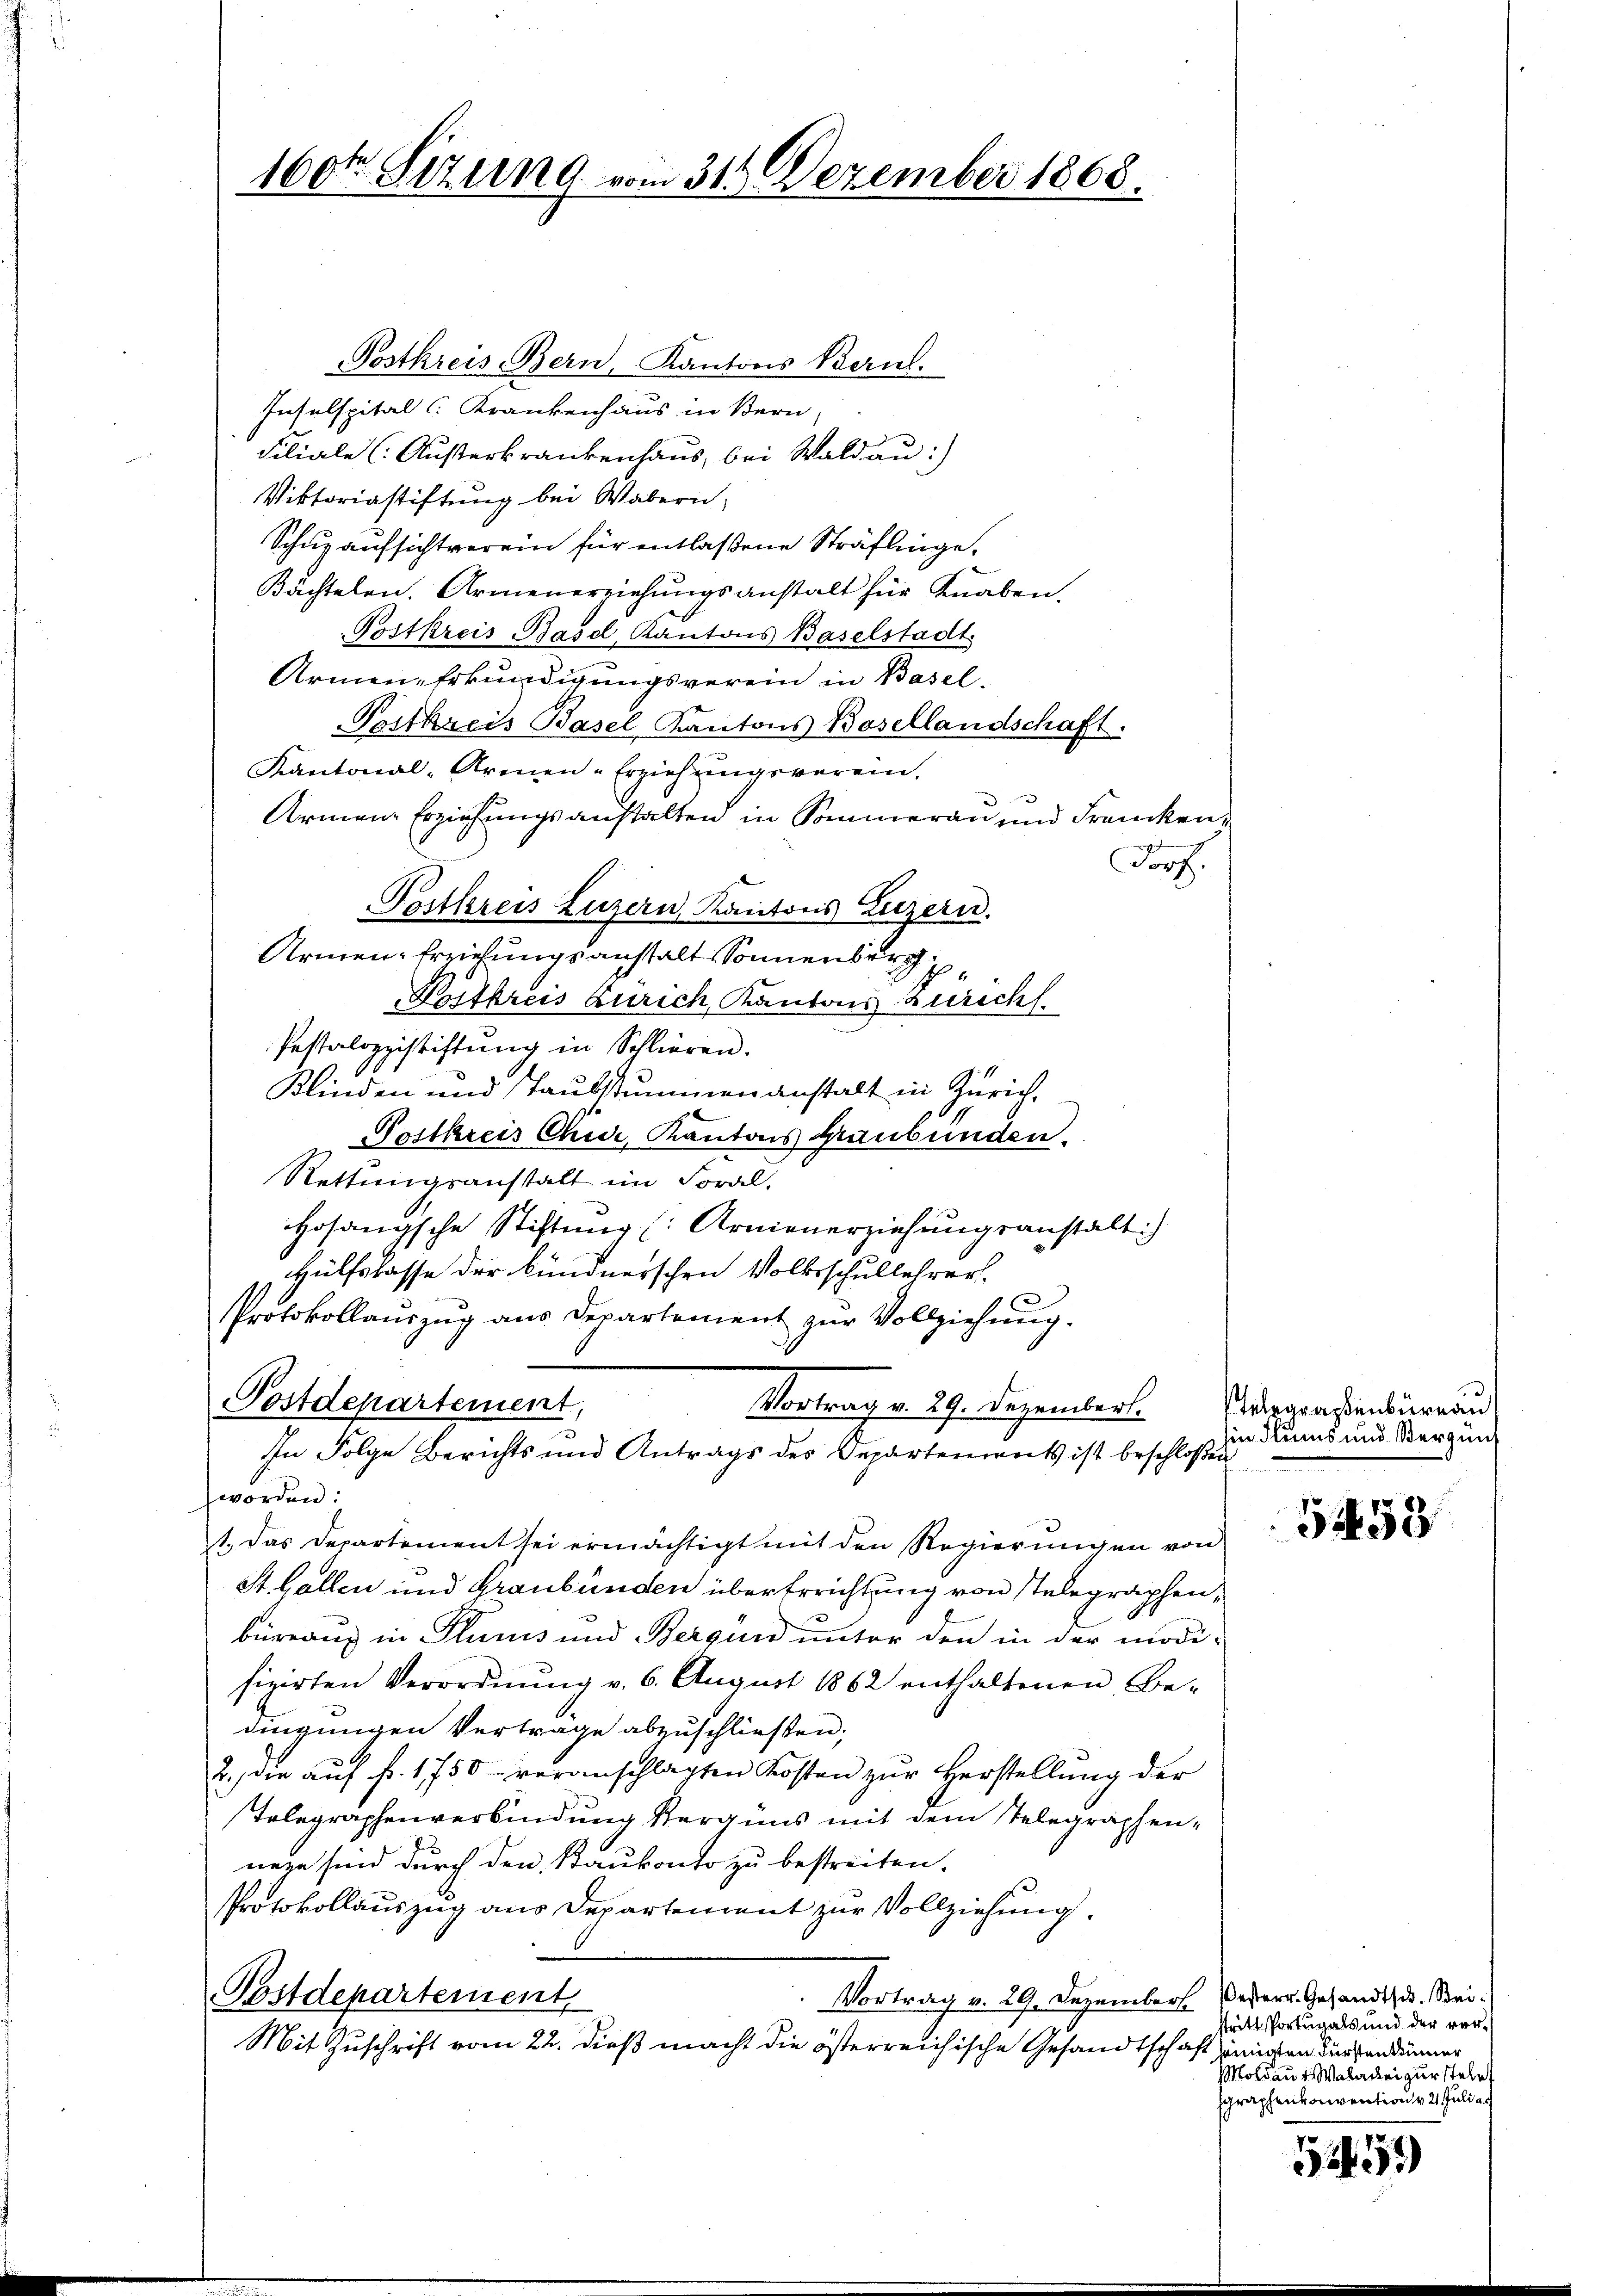
160ten Sizung vom 31. Dezember 1868.

Postkreis Bern, Kantons Bern.
Insulspital Krankenhaus in Bern,
Filiale (Austerkrankenhaus, bei Wald au:)
Viktoriastiftung bei Wabern,
Schuzaufsichtverein für entlaßene Sträflinge¬
Kächtelen. Armenerziehungsanstalt für Knaben.
Postkreis Basel, Kantons Baselstadt
Armen-Erkundigungsverein in Basel.
Postkreis Basel Kantons Basellandschaft.
Kantonal-Armen-Erziehungsverein,
Armene Erziehungsanstalten in Sommeran und Francken
Forz.
Postkreis Luzern, Kantons Luzern.
Armen-Erziehungsanstalt Sonnenberg
Petkreis Zürich, Kantons Zürich
Pestalozzistiftung in Schlieren.
Klinden und Taubstummenanstalt in Zürich,
Postkreis Chur, Kantons Graubünden.
Rettungsanstalt im Foral.
Hofangsche Stiftung (Arnienerziehungsanstalt:)
Hülfslasse der kündnerschen Volksschullehrer
Protokollauszug aus Departement zur Vollziehung.
Postdepartement,
Vortrag v. 29. Dezember.
In Folge Berichts und Antrags des Departements ist beschloßen
worden:
1. Das Departement sei ermächtigt mit den Regierungen von
St. Gallen und Graubünden über Errichtung von stelegraphen,
büreaus in Plumus und Bergund unter den in der modifizirten Verordnŭng v. 6. August 1862 enthaltenen Be-
dingungen Vertrage abzuschließen;
2.) die auf fr. 1750 veranschlagten Kosten zur Herstellung der
Telegraphenverbindung Vergüns mit dem Telegraphennege sind durch den Staubenso zu bestreiten.
Protokollauszug aus Departement zur Vollziehung.
Postdepartement
Vortrag v. 29. Dezember esterr. Gesandtsch. Bei¬
Mit Zuschrift vom 22. dieß macht die österreichische Gesandtschaft zinnigen dürfendämmer

ergraßenbüreau
in diums und Vergüns

31458

stritt Portugals und der ver¬
Moldau v. Walacei zur stehe
graphenvonvention v. 2. Juli a.

1259)